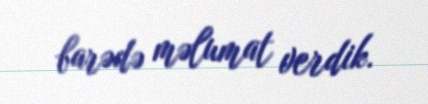
barədə məlumat verdik.